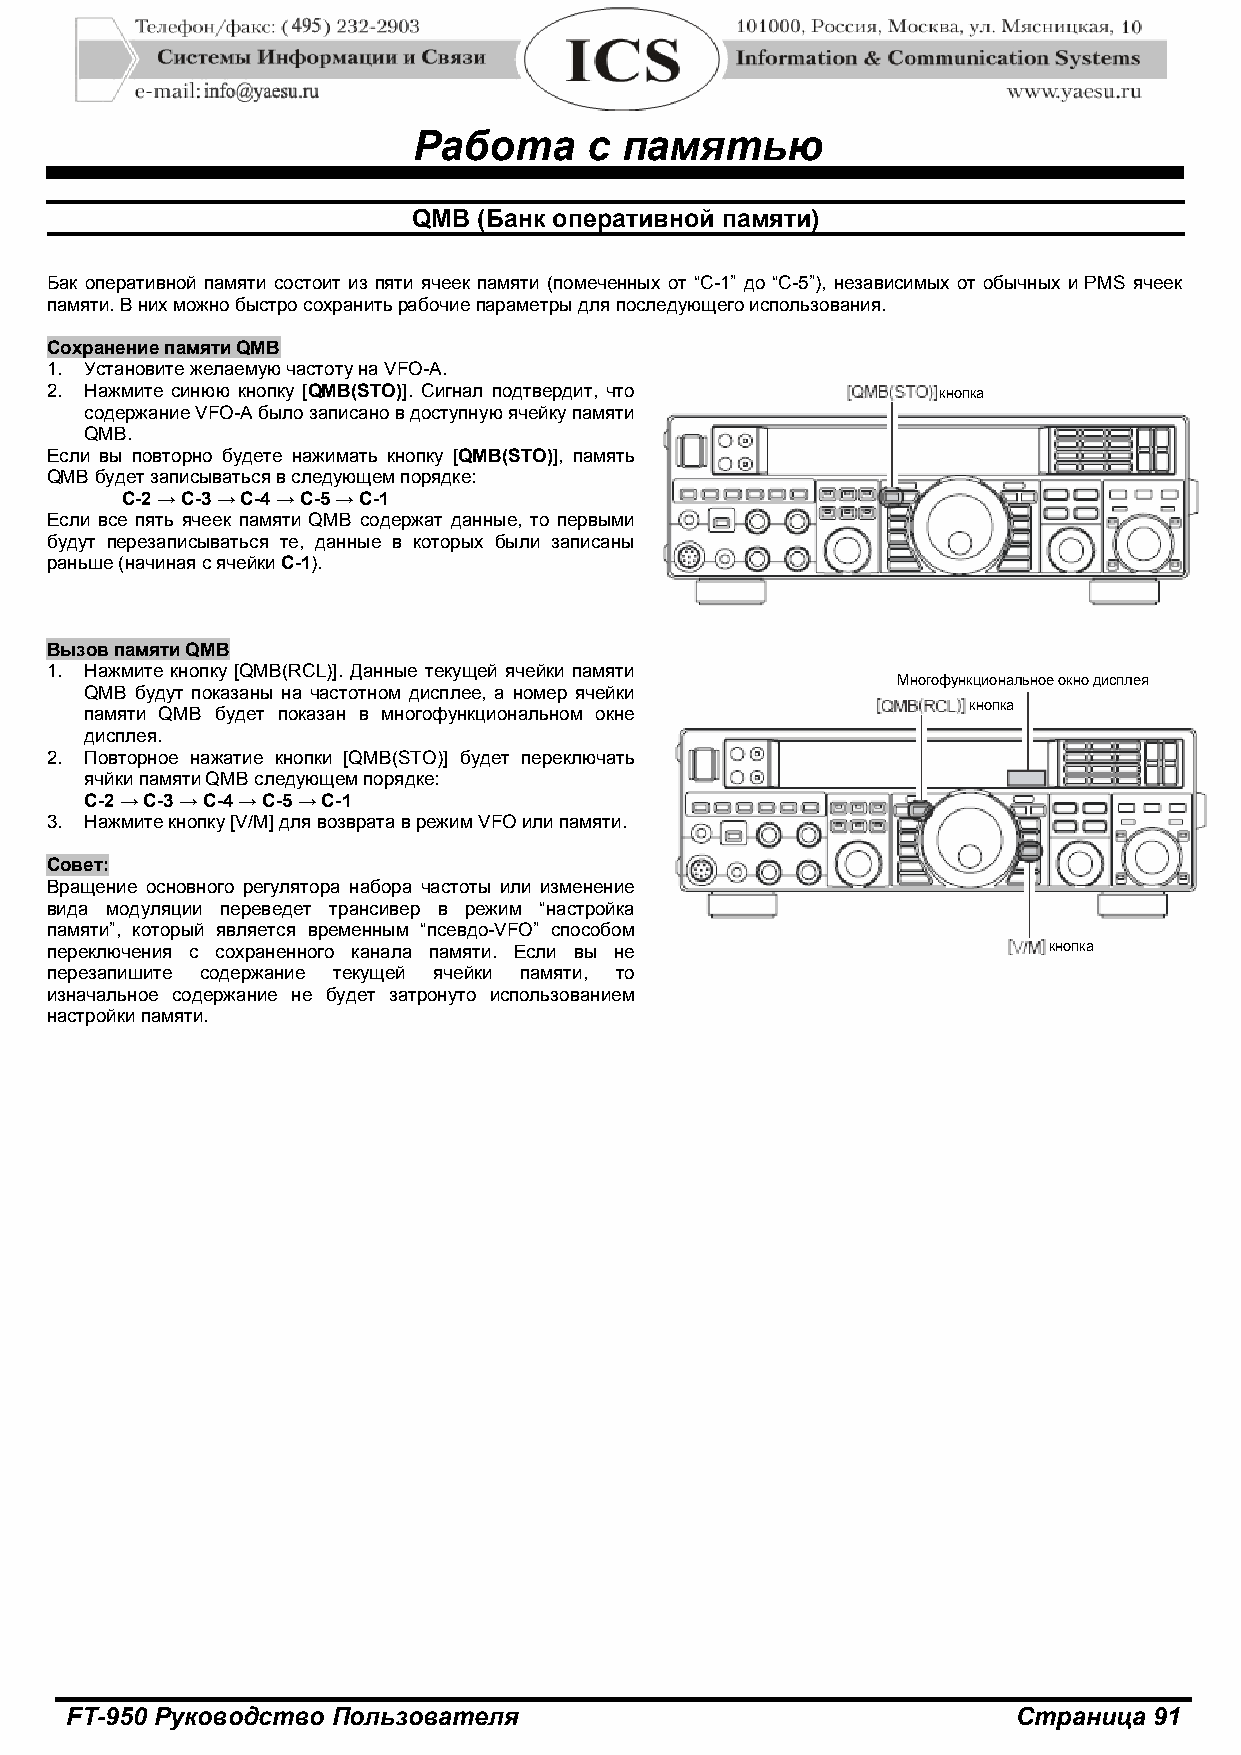
Работа      с памятью
 QMB  (Банк оперативной памяти)
 Бак оперативной памяти состоит из пяти ячеек памяти (помеченных от “C-1” до “C-5”), независимых от обычных и PMS ячеек
 памяти. В них можно быстро сохранить рабочие параметры для последующего использования.
 Сохранение памяти QMB
 1. Установите желаемую частоту на VFO-A.
 2. Нажмите синюю кнопку [QMB(STO)]. Сигнал подтвердит, что кнопка
 содержание VFO-A было записано в доступную ячейку памяти
 QMB.
 Если вы повторно будете нажимать кнопку [QMB(STO)], память
 QMB будет записываться в следующем порядке:
 C-2 → C-3 → C-4 → C-5 → C-1
 Если все пять ячеек памяти QMB содержат данные, то первыми
 будут перезаписываться те, данные в которых были записаны
 раньше (начиная с ячейки C-1).
 Вызов памяти QMB
 1. Нажмите кнопку [QMB(RCL)]. Данные текущей ячейки памяти
 Многофункциональное окно дисплея
 QMB будут показаны на частотном дисплее, а номер ячейки
 кнопка
 памяти QMB будет показан в многофункциональном окне
 дисплея.
 2. Повторное нажатие кнопки [QMB(STO)] будет переключать
 ячйки памяти QMB следующем порядке:
 C-2 → C-3 → C-4 → C-5 → C-1
 3. Нажмите кнопку [V/M] для возврата в режим VFO или памяти.
 Совет:
 Вращение основного регулятора набора частоты или изменение
 вида модуляции переведет трансивер в режим “настройка
 памяти”, который является временным “псевдо-VFO” способом
 переключения с сохраненного канала памяти. Если вы не             кнопка
 перезапишите содержание текущей ячейки памяти, то
 изначальное содержание не будет затронуто использованием
 настройки памяти.
 FT-950 Руководство Пользователя                                Страница 91